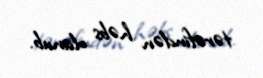
tərəfindən həbs olunub.